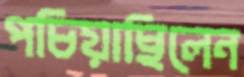
পচিয়াছিলেন